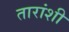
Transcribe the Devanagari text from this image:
तारांशी